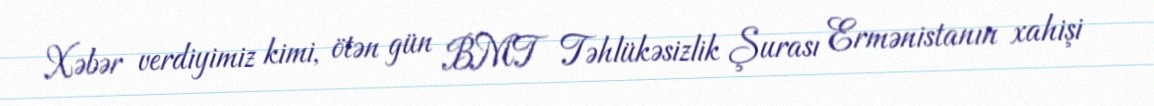
Xəbər verdiyimiz kimi, ötən gün BMT Təhlükəsizlik Şurası Ermənistanın xahişi